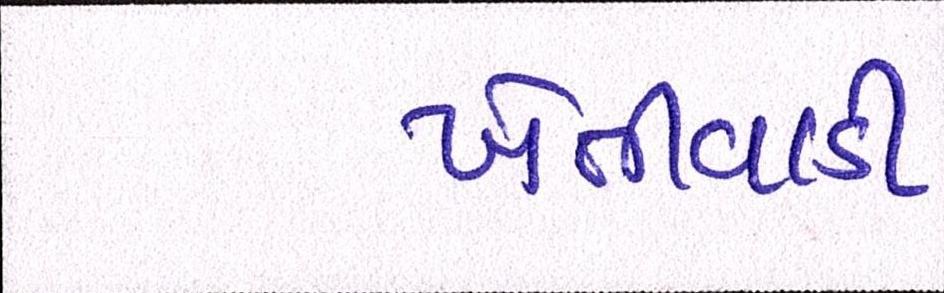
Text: ખેતીવાડી